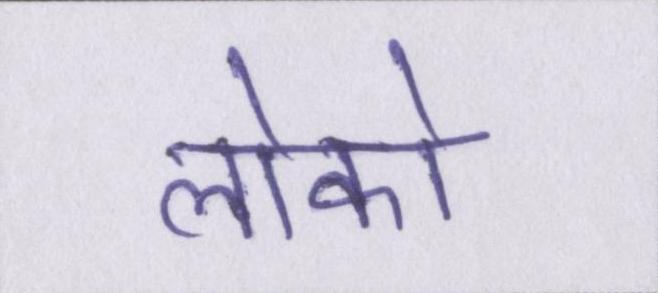
लोको